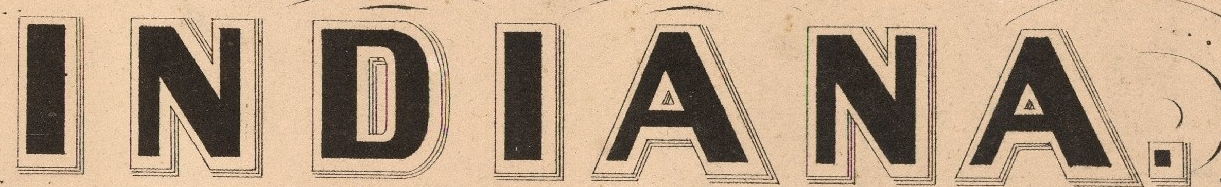
INDIANA.